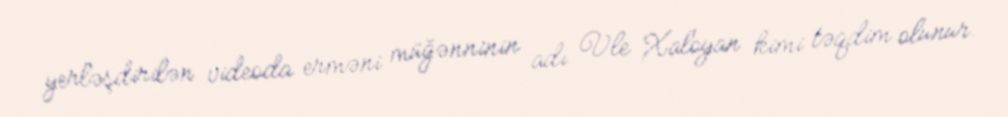
yerləşdirilən videoda erməni müğənninin adı Vle Xaloyan kimi təqdim olunur.